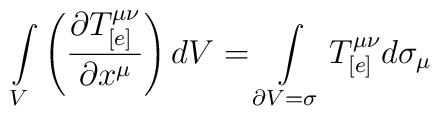
\int\limits_{V}\left(\frac{\partial T_{[e]}^{\mu\nu}}{\partial x^{\mu}}\right) dV =\int\limits_{\partial V = \sigma} T_{[e]}^{\mu\nu} d\sigma_{\mu}